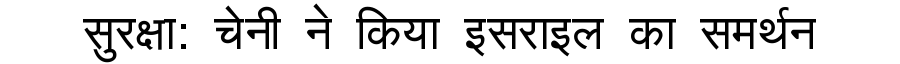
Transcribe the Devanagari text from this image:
सुरक्षा: चेनी ने किया इसराइल का समर्थन